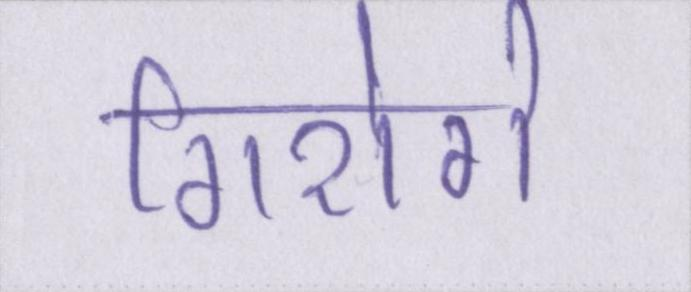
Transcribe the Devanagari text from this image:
गिरोगे